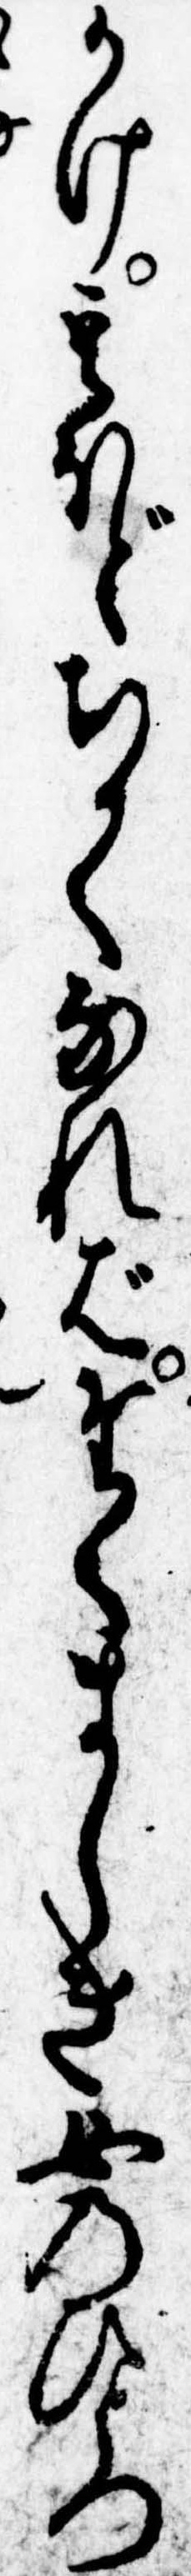
かけ其ほどちかくなればたくましき女のひとつ